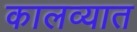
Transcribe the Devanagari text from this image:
कालव्यात